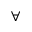
\forall